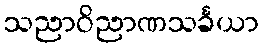
သညာဝိညာဏသင်္ခယာ